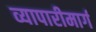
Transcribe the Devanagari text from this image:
व्यापारीमार्ग